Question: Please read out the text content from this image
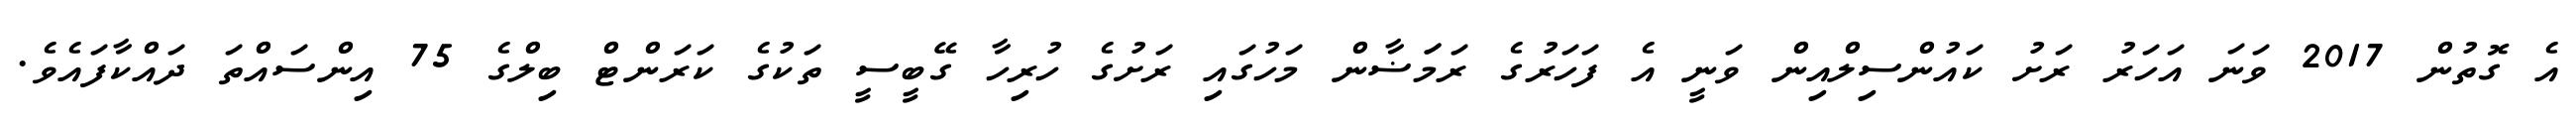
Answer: އެ ގޮތުން 2017 ވަނަ އަހަރު ރަށު ކައުންސިލްއިން ވަނީ އެ ފަހަރުގެ ރަމަަޟާން މަހުގައި ރަށުގެ ހުރިހާ ގޭބީސީ ތަކުގެ ކަރަންޓް ބިލްގެ 75 އިންސައްތަ ދައްކާފައެވެ.